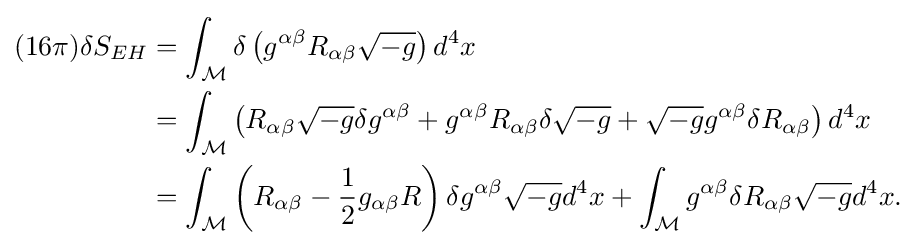
{\begin{aligned}(16\pi )\delta S_{EH}&=\int _{\mathcal {M}}\delta \left(g^{\alpha \beta }R_{\alpha \beta }{\sqrt {-g}}\right)d^{4}x\\&=\int _{\mathcal {M}}\left(R_{\alpha \beta }{\sqrt {-g}}\delta g^{\alpha \beta }+g^{\alpha \beta }R_{\alpha \beta }\delta {\sqrt {-g}}+{\sqrt {-g}}g^{\alpha \beta }\delta R_{\alpha \beta }\right)d^{4}x\\&=\int _{\mathcal {M}}\left(R_{\alpha \beta }-{1 \over 2}g_{\alpha \beta }R\right)\delta g^{\alpha \beta }{\sqrt {-g}}d^{4}x+\int _{\mathcal {M}}g^{\alpha \beta }\delta R_{\alpha \beta }{\sqrt {-g}}d^{4}x.\end{aligned}}